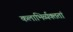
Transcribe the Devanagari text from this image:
कलाभिर्व्यक्ततां